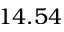
1 4 . 5 4